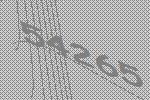
54265